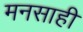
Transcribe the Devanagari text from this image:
मनसाही